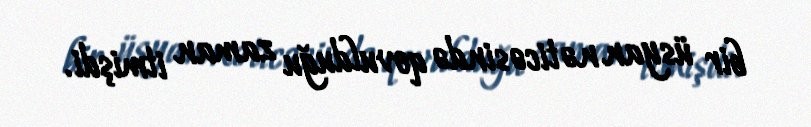
bir üsyan nəticəsində qovulduğu zaman itmişdi.